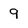
Character: 9